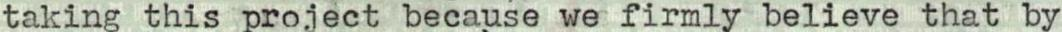
taking this project because we firmly believe that by